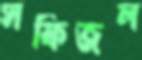
সফিজল